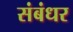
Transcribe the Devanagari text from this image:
संबंधर